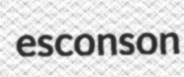
esconson